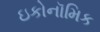
ઇકોનૉમિક